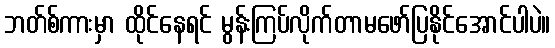
ဘတ်စ်ကားမှာ ထိုင်နေရင် မွန်းကြပ်လိုက်တာမဖော်ပြနိုင်အောင်ပါပဲ။